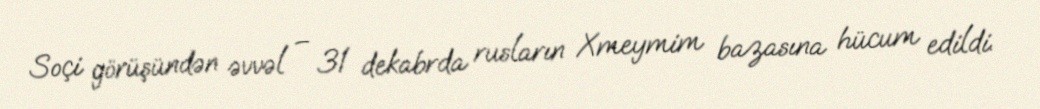
Soçi görüşündən əvvəl – 31 dekabrda rusların Xmeymim bazasına hücum edildi.